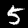
Digit: 5